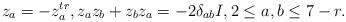
LaTeX: \begin{align*}z_a=-z_a^{tr},z_az_b+z_bz_a=-2\delta_{ab}I,2\leq a,b\leq 7-r.\end{align*}